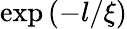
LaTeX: \exp\left(-l/\xi\right)